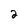
Character: 2